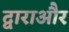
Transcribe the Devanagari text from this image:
द्वाराऔर